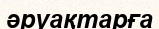
әруақтарға